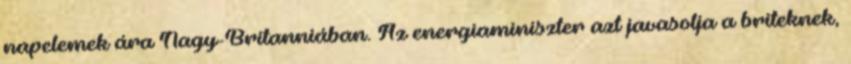
napelemek ára Nagy-Britanniában. Az energiaminiszter azt javasolja a briteknek,